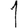
Digit: 1